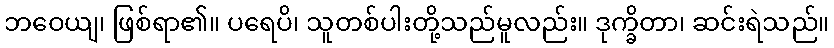
ဘဝေယျ၊ ဖြစ်ရာ၏။ ပရေပိ၊ သူတစ်ပါးတို့သည်မူလည်း။ ဒုက္ခိတာ၊ ဆင်းရဲသည်။